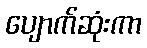
ပျောက်ဆုံးကာ